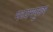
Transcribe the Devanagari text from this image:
मध्‍यमपुरुष